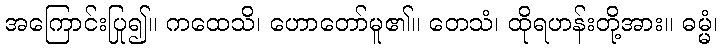
အကြောင်းပြု၍။ ကထေသိ၊ ဟောတော်မူ၏။ တေသံ၊ ထိုရဟန်းတို့အား။ ဓမ္မံ၊